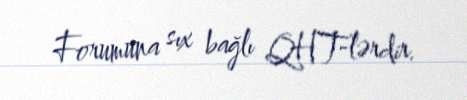
Forumuna sıx bağlı QHT-lərdir.